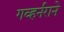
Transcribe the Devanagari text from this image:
गव्हर्नराने